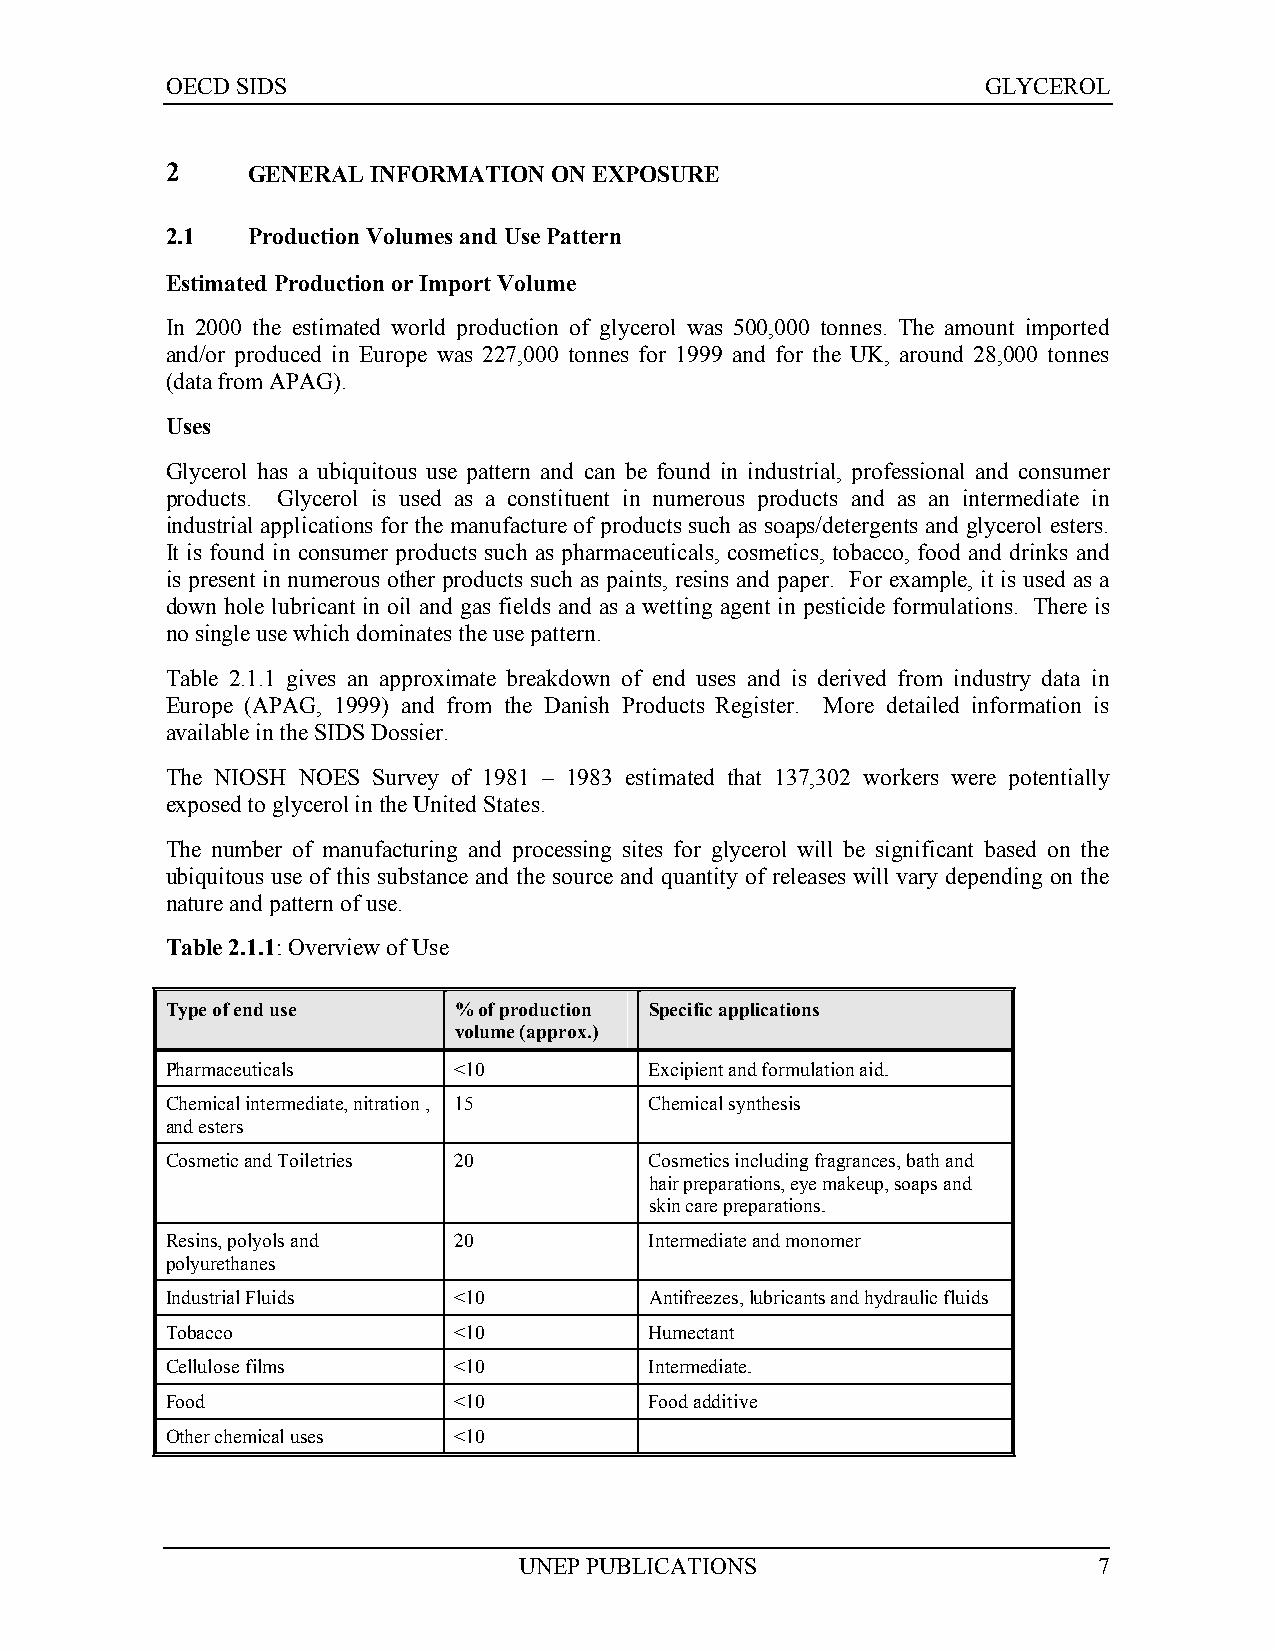
OECD SIDS                                             GLYCEROL
 2    GENERAL  INFORMATION ON EXPOSURE
 2.1  Production Volumes and Use Pattern
 Estimated Production or Import Volume
 In 2000 the estimated world production of glycerol was 500,000 tonnes. The amount imported
 and/or produced in Europe was 227,000 tonnes for 1999 and for the UK, around 28,000 tonnes
 (data from APAG).
 Uses
 Glycerol has a ubiquitous use pattern and can be found in industrial, professional and consumer
 products. Glycerol is used as a constituent in numerous products and as an intermediate in
 industrial applications for the manufacture of products such as soaps/detergents and glycerol esters.
 It is found in consumer products such as pharmaceuticals, cosmetics, tobacco, food and drinks and
 is present in numerous other products such as paints, resins and paper. For example, it is used as a
 down hole lubricant in oil and gas fields and as a wetting agent in pesticide formulations. There is
 no single use which dominates the use pattern.
 Table 2.1.1 gives an approximate breakdown of end uses and is derived from industry data in
 Europe (APAG, 1999) and from the Danish Products Register. More detailed information is
 available in the SIDS Dossier.
 The NIOSH NOES Survey of 1981 – 1983 estimated that 137,302 workers were potentially
 exposed to glycerol in the United States.
 The number of manufacturing and processing sites for glycerol will be significant based on the
 ubiquitous use of this substance and the source and quantity of releases will vary depending on the
 nature and pattern of use.
 Table 2.1.1: Overview of Use
 Type of end use    % of production Specific applications
 volume (approx.)
 Pharmaceuticals    <10          Excipient and formulation aid.
 Chemical intermediate, nitration , 15 Chemical synthesis
 and esters
 Cosmetic and Toiletries 20      Cosmetics including fragrances, bath and
 hair preparations, eye makeup, soaps and
 skin care preparations.
 Resins, polyols and 20          Intermediate and monomer
 polyurethanes
 Industrial Fluids  <10          Antifreezes, lubricants and hydraulic fluids
 Tobacco            <10          Humectant
 Cellulose films    <10          Intermediate.
 Food               <10          Food additive
 Other chemical uses <10
 UNEP PUBLICATIONS                      7